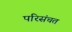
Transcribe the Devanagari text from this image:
परिसंचत